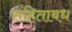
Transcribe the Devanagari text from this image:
संहिताबध